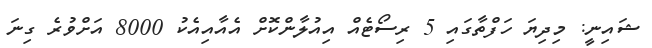
ޝައިނީ: މިދިޔަ ހަފްތާގައި 5 ރިސޯޓެއް އިއުލާންކޮށް އެއާއިއެކު 8000 އަށްވުރެ ގިނަ